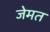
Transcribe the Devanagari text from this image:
जेमत